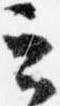
云